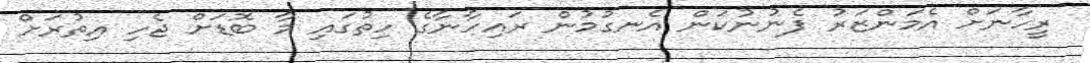
ރީހާނަށް އެމަންޒަރު ފެނުނުކަން އެނގުމުން ރައިހާނާގެ ހިތުގައި މާ ބޮޑަށް ޖެހި އިތުރަށް